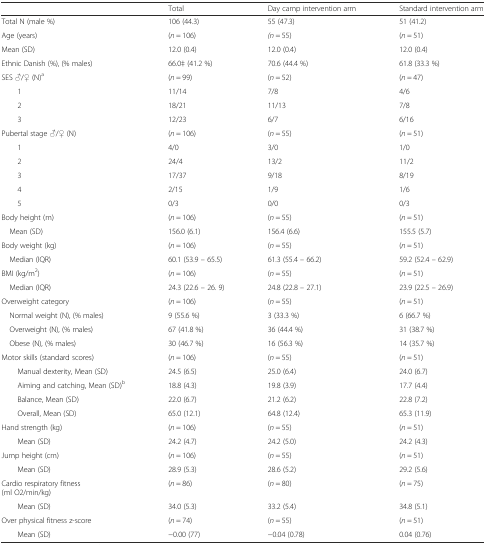
<table><thead><tr><td></td><td><b>Total</b></td><td><b>Day camp intervention arm</b></td><td><b>Standard intervention arm</b></td></tr></thead><tbody><tr><td>Total N (male %)</td><td>106 (44.3)</td><td>55 (47.3)</td><td>51 (41.2)</td></tr><tr><td>Age (years)</td><td>(<i>n</i> = 106)</td><td><i>(n</i> = 55)</td><td>(<i>n</i> = 51)</td></tr><tr><td>Mean (SD)</td><td>12.0 (0.4)</td><td>12.0 (0.4)</td><td>12.0 (0.4)</td></tr><tr><td>Ethnic Danish (%), (% males)</td><td>66.0‡ (41.2 %)</td><td>70.6 (44.4 %)</td><td>61.8 (33.3 %)</td></tr><tr><td>SES ♂/♀ (N)<sup>a</sup></td><td>(<i>n</i> = 99)</td><td>(<i>n</i> = 52)</td><td>(<i>n</i> = 47)</td></tr><tr><td>1</td><td>11/14</td><td>7/8</td><td>4/6</td></tr><tr><td>2</td><td>18/21</td><td>11/13</td><td>7/8</td></tr><tr><td>3</td><td>12/23</td><td>6/7</td><td>6/16</td></tr><tr><td>Pubertal stage ♂/♀ (N)</td><td>(<i>n</i> = 106)</td><td>(<i>n</i> = 55)</td><td>(<i>n</i> = 51)</td></tr><tr><td>1</td><td>4/0</td><td>3/0</td><td>1/0</td></tr><tr><td>2</td><td>24/4</td><td>13/2</td><td>11/2</td></tr><tr><td>3</td><td>17/37</td><td>9/18</td><td>8/19</td></tr><tr><td>4</td><td>2/15</td><td>1/9</td><td>1/6</td></tr><tr><td>5</td><td>0/3</td><td>0/0</td><td>0/3</td></tr><tr><td>Body height (m)</td><td>(<i>n</i> = 106)</td><td>(<i>n</i> = 55)</td><td>(<i>n</i> = 51)</td></tr><tr><td> Mean (SD)</td><td>156.0 (6.1)</td><td>156.4 (6.6)</td><td>155.5 (5.7)</td></tr><tr><td>Body weight (kg)</td><td>(<i>n</i> = 106)</td><td>(<i>n</i> = 55)</td><td>(<i>n</i> = 51)</td></tr><tr><td> Median (IQR)</td><td>60.1 (53.9 – 65.5)</td><td>61.3 (55.4 – 66.2)</td><td>59.2 (52.4 – 62.9)</td></tr><tr><td>BMI (kg/m<sup>2</sup>)</td><td>(<i>n</i> = 106)</td><td>(<i>n</i> = 55)</td><td>(<i>n</i> = 51)</td></tr><tr><td> Median (IQR)</td><td>24.3 (22.6 – 26. 9)</td><td>24.8 (22.8 – 27.1)</td><td>23.9 (22.5 – 26.9)</td></tr><tr><td>Overweight category</td><td>(<i>n</i> = 106)</td><td>(<i>n</i> = 55)</td><td>(<i>n</i> = 51)</td></tr><tr><td> Normal weight (N), (% males)</td><td>9 (55.6 %)</td><td>3 (33.3 %)</td><td>6 (66.7 %)</td></tr><tr><td> Overweight (N), (% males)</td><td>67 (41.8 %)</td><td>36 (44.4 %)</td><td>31 (38.7 %)</td></tr><tr><td> Obese (N), (% males)</td><td>30 (46.7 %)</td><td>16 (56.3 %)</td><td>14 (35.7 %)</td></tr><tr><td>Motor skills (standard scores)</td><td>(<i>n</i> = 106)</td><td>(<i>n</i> = 55)</td><td>(<i>n</i> = 51)</td></tr><tr><td>Manual dexterity, Mean (SD)</td><td>24.5 (6.5)</td><td>25.0 (6.4)</td><td>24.0 (6.7)</td></tr><tr><td>Aiming and catching, Mean (SD)<sup>b</sup></td><td>18.8 (4.3)</td><td>19.8 (3.9)</td><td>17.7 (4.4)</td></tr><tr><td>Balance, Mean (SD)</td><td>22.0 (6.7)</td><td>21.2 (6.2)</td><td>22.8 (7.2)</td></tr><tr><td>Overall, Mean (SD)</td><td>65.0 (12.1)</td><td>64.8 (12.4)</td><td>65.3 (11.9)</td></tr><tr><td>Hand strength (kg)</td><td>(<i>n</i> = 106)</td><td>(<i>n</i> = 55)</td><td>(<i>n</i> = 51)</td></tr><tr><td>Mean (SD)</td><td>24.2 (4.7)</td><td>24.2 (5.0)</td><td>24.2 (4.3)</td></tr><tr><td>Jump height (cm)</td><td>(<i>n</i> = 106)</td><td>(<i>n</i> = 55)</td><td>(<i>n</i> = 51)</td></tr><tr><td>Mean (SD)</td><td>28.9 (5.3)</td><td>28.6 (5.2)</td><td>29.2 (5.6)</td></tr><tr><td>Cardio respiratory fitness(ml O2/min/kg)</td><td>(<i>n</i> = 86)</td><td>(<i>n</i> = 80)</td><td>(<i>n</i> = 75)</td></tr><tr><td>Mean (SD)</td><td>34.0 (5.3)</td><td>33.2 (5.4)</td><td>34.8 (5.1)</td></tr><tr><td>Over physical fitness z-score</td><td>(<i>n</i> = 74)</td><td>(<i>n</i> = 55)</td><td>(<i>n</i> = 51)</td></tr><tr><td>Mean (SD)</td><td>−0.00 (77)</td><td>−0.04 (0.78)</td><td>0.04 (0.76)</td></tr></tbody></table>